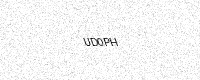
Text: UD0PH